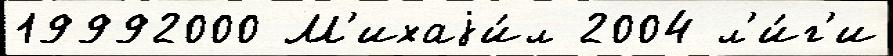
19992000 М'ихаjи́л 2004 л'и́г'и